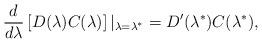
LaTeX: \begin{align*}\frac{d}{d\lambda}\left[D(\lambda)C(\lambda)\right]|_{\lambda=\lambda^*}=D'(\lambda^*)C(\lambda^*),\end{align*}